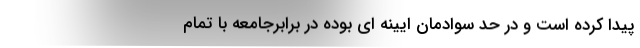
پيدا كرده است و در حد سوادمان ايينه اي بوده در برابرجامعه با تمام